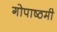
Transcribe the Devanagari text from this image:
गोपाष्ठमी